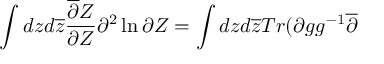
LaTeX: \int d z d \overline { { { z } } } \frac { \overline { { { \partial } } } Z } { \partial Z } \partial ^ { 2 } \ln \partial Z = \int d z d \overline { { { z } } } T r ( \partial g g ^ { - 1 } \overline { { { \partial } } }